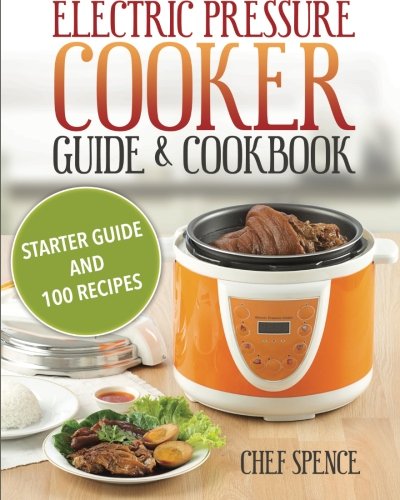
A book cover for Electric Pressure Cooker Guide and Cookbook: Starter Guide and 100 Delicious Recipes; Chef Spence; Cookbooks, Food & Wine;